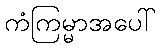
ကံကြမ္မာအပေါ်